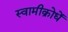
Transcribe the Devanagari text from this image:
स्वामीक्रोधें